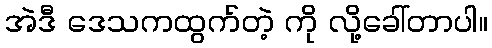
အဲဒီ ဒေသကထွက်တဲ့ ကို လို့ခေါ်တာပါ။